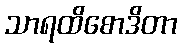
သာရထိစောဒိတာ